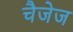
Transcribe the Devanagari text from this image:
चैजेज